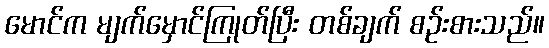
မောင်က မျက်မှောင်ကြုတ်ပြီး တစ်ချက် စဉ်းစားသည်။